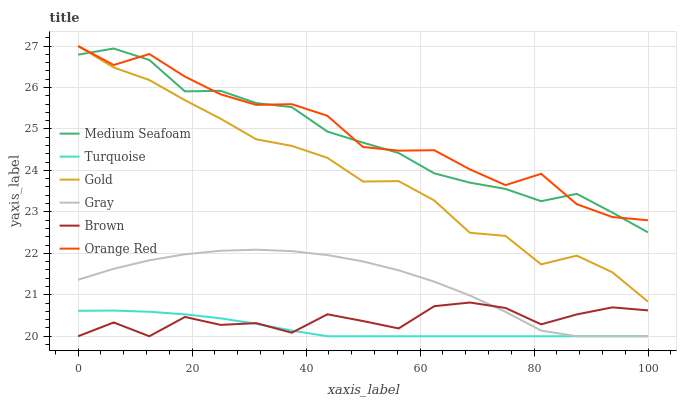
| xaxis_label | Medium Seafoam | Turquoise | Gold | Gray | Brown | Orange Red |
 | --- | --- | --- | --- | --- | --- | --- |
 | 0 | 26.8 | 20.6 | 27 | 21.4 | 20 | 27 |
 | 6.25 | 26.9 | 20.6 | 26.5 | 21.6 | 20.3 | 26.5 |
 | 12.5 | 26.7 | 20.6 | 26.2 | 21.8 | 20 | 26.8 |
 | 18.8 | 25.9 | 20.5 | 25.7 | 22 | 20.5 | 26.3 |
 | 25 | 25.9 | 20.4 | 25.2 | 22.1 | 20.3 | 25.8 |
 | 31.2 | 25.6 | 20.3 | 24.8 | 22.1 | 20.3 | 25.6 |
 | 37.5 | 25.5 | 20.1 | 24.6 | 22.1 | 20.1 | 25.6 |
 | 43.8 | 24.9 | 20 | 24.3 | 22 | 20.5 | 25.3 |
 | 50 | 24.7 | 20 | 23.7 | 21.8 | 20.4 | 24.6 |
 | 56.2 | 24.4 | 20 | 23.7 | 21.6 | 20.2 | 24.5 |
 | 62.5 | 23.9 | 20 | 23.3 | 21.3 | 20.7 | 24.5 |
 | 68.8 | 23.7 | 20 | 22.5 | 21 | 20.8 | 24 |
 | 75 | 23.6 | 20 | 22.4 | 20.6 | 20.7 | 23.6 |
 | 81.2 | 23.3 | 20 | 21.7 | 20.1 | 20.3 | 23.9 |
 | 87.5 | 23.4 | 20 | 21.9 | 20 | 20.5 | 23.2 |
 | 93.8 | 23 | 20 | 21.5 | 20 | 20.7 | 22.9 |
 | 100 | 22.5 | 20 | 20.8 | 20 | 20.6 | 22.8 |